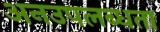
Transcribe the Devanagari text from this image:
अनउपलब्धता